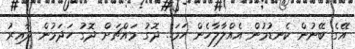
އޭގެ ބޭނުން ކެނޑުމުން އެއްލާލާހެން ހަމަ.. ދޮގު މައްޗަށް ދޮގު ހަދަމުން ދާއިރު